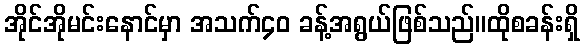
အိုင်အိုမင်းနောင်မှာ အသက်၄၀ ခန့်အရွယ်ဖြစ်သည်။ထိုစခန်းရှိ